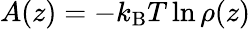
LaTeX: A(z)=-k_{\mathrm{B}}T\ln\rho(z)